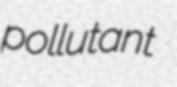
pollutant